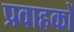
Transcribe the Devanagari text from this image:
प्रवाहकों